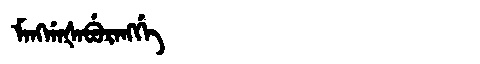
Manchu: ᠮᠠᠩᡤᠠᡧᠠᠪᡠᡵᠠᠩᡤᡝ
Romanization: MANGGAŠABURANGGE